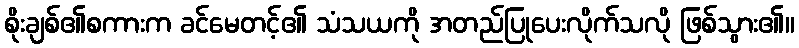
စိုးချစ်၏စကားက ခင်မေတင့်၏ သံသယကို အတည်ပြုပေးလိုက်သလို ဖြစ်သွား၏။